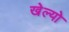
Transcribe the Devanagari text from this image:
खेल्यो